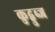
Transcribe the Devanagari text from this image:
कुद्बुब्ज